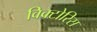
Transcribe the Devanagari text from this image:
विक्टोरिस